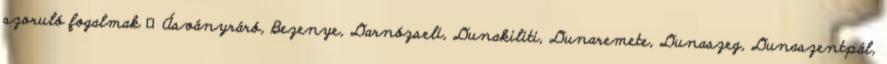
szoruló fogalmak ▪Ásványráró, Bezenye, Darnózseli, Dunakiliti, Dunaremete, Dunaszeg, Dunaszentpál,